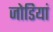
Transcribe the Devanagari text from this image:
जोडियां